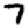
Digit: 7